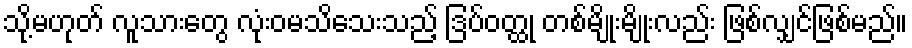
သို့မဟုတ် လူသားတွေ လုံးဝမသိသေးသည့် ဒြပ်ဝတ္ထု တစ်မျိုးမျိုးလည်း ဖြစ်လျှင်ဖြစ်မည်။